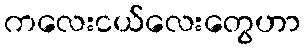
ကလေးငယ်လေးတွေဟာ